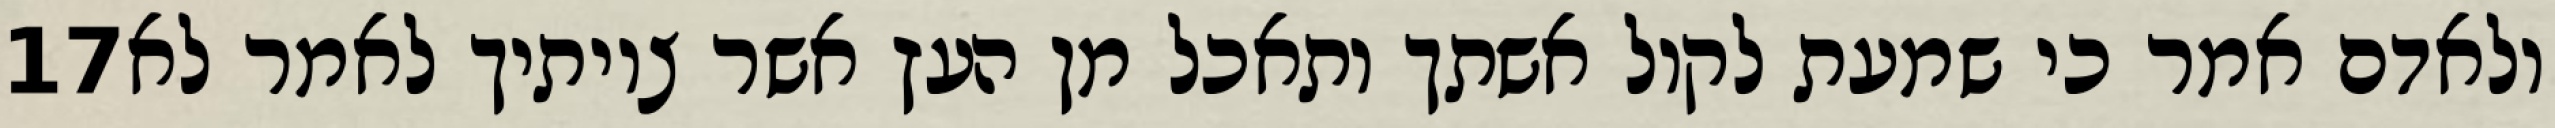
‎17‏ ולאדם אמר כי שמעת לקול אשתך ותאכל מן העץ אשר צויתיך לאמר לא